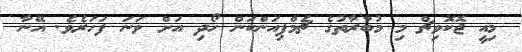
މިއީ ޖޮކޮވިޗް މި މުބާރާތުގެ ޗެމްޕިއަންކަން ހޯދި އަށް ވަނަ ފަހަރެވެ. އޭނާ